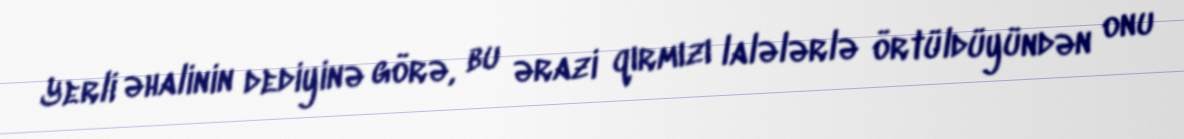
Yerli əhalinin dediyinə görə, bu ərazi qırmızı lalələrlə örtüldüyündən onu